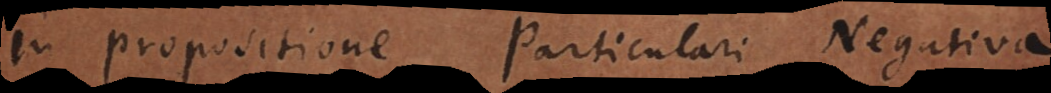
In propositione Particulari Negativa